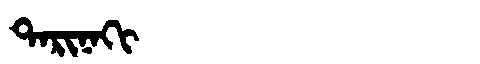
Manchu: ᡨᠠᡵᡳᠨᠠᡴᡳ
Romanization: TARINAKI